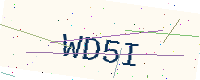
Text: WD5I